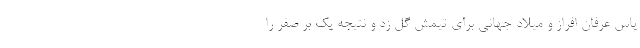
پاس عرفان افراز و میلاد جهانی برای تیمش گل زد و نتیجه یک بر صفر را